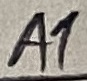
Text: A1